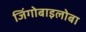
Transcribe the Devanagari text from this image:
जिंगोबाइलोबा